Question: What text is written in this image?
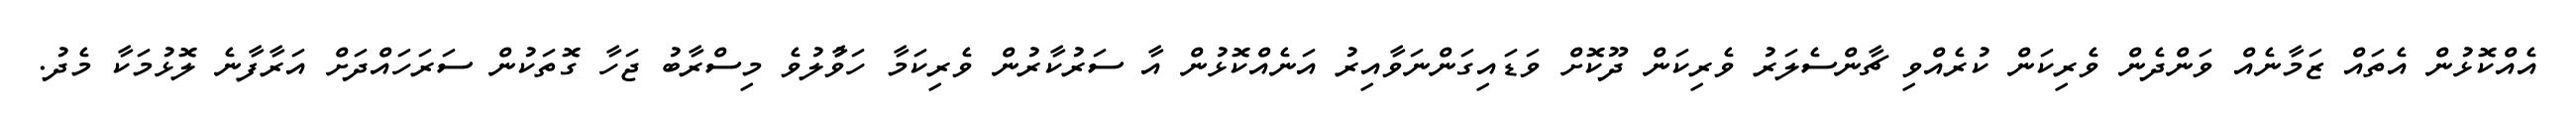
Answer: އެއްކޮޅުން އެތައް ޒަމާނެއް ވަންދެން ވެރިކަން ކުރެއްވި ޗާންސެލަރު ވެރިކަން ދޫކޮށް ވަޑައިގަންނަވާއިރު އަނެއްކޮޅުން އާ ސަރުކާރުން ވެރިކަމާ ހަވާުލުވެ މިސްރާބު ޖަހާ ގޮތަކުން ސަރަހައްދަށް އަރާފާނެ ލޮޅުމަކާ މެދު.